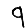
Digit: 9